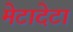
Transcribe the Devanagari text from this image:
मेटादेटा